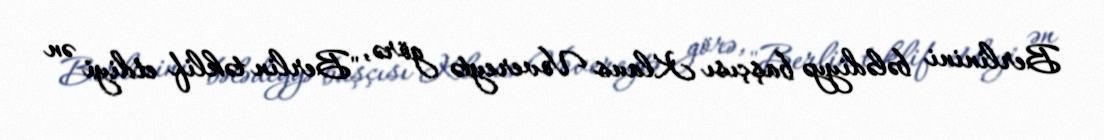
Berlinini bələdiyyə başçısı Klaus Vovereytə görə, "Berlin təklif etdiyi ən